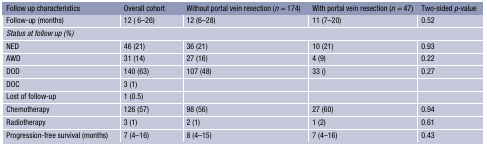
| Follow up characteristics | Overall cohort | Without portal vein resection (n = 174) | With portal vein resection (n = 47) | Two-sided p-value |
 | --- | --- | --- | --- | --- |
 | Follow-up (months) | 12 ( 6–26) | 12 (6–28) | 11 (7–20) | 0.52 |
 | <COLSPAN=5> Status at follow up (%) |
 | NED | 46 (21) | 36 (21) | 10 (21) | 0.93 |
 | AWD | 31 (14) | 27 (16) | 4 (9) | 0.22 |
 | DOD | 140 (63) | 107 (48) | 33 () | 0.27 |
 | DOC | 3 (1) |  |  |  |
 | Lost of follow-up | 1 (0.5) |  |  |  |
 | Chemotherapy | 126 (57) | 98 (56) | 27 (60) | 0.94 |
 | Radiotherapy | 3 (1) | 2 (1) | 1 (2) | 0.61 |
 | Progression-free survival (months) | 7 (4–16) | 8 (4–15) | 7 (4–16) | 0.43 |